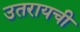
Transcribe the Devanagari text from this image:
उतरायची